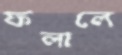
ফলালে